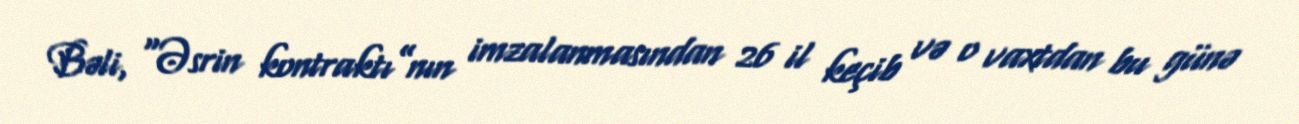
Bəli, “Əsrin kontraktı”nın imzalanmasından 26 il keçib və o vaxtdan bu günə